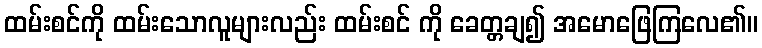
ထမ်းစင်ကို ထမ်းသောလူများလည်း ထမ်းစင် ကို ခေတ္တချ၍ အမောဖြေကြလေ၏။